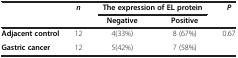
<table><thead><tr><td rowspan="2"><b> </b></td><td rowspan="2"><b><i>n</i></b></td><td colspan="2"><b>The expression of EL protein</b></td><td rowspan="2"><b><i>P</i></b></td></tr><tr><td><b>Negative</b></td><td><b>Positive</b></td></tr></thead><tbody><tr><td><b>Adjacent control</b></td><td>12</td><td>4(33%)</td><td>8 (67%)</td><td rowspan="2">0.67</td></tr><tr><td><b>Gastric cancer</b></td><td>12</td><td>5(42%)</td><td>7 (58%)</td></tr></tbody></table>